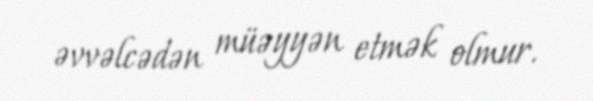
əvvəlcədən müəyyən etmək olmur.